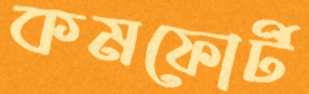
কমফোর্ট